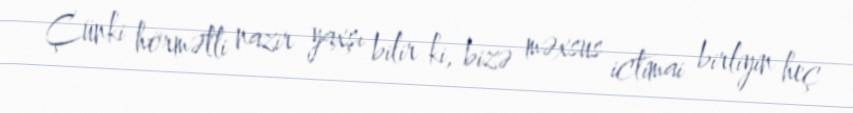
Çünki hörmətli nazir yaxşı bilir ki, bizə məxsus ictimai birliyin heç